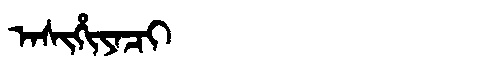
Manchu: ᠠᠰᡳᡥᡳᠶᠠᠴᡳ
Romanization: ASIHIYACI